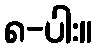
၈-ပါး။